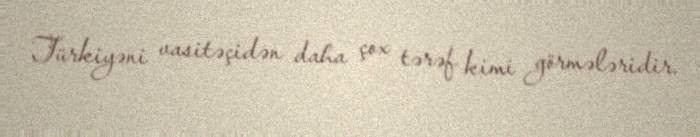
Türkiyəni vasitəçidən daha çox tərəf kimi görmələridir.